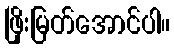
ဖြိုးမြတ်အောင်ပါ။